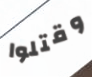
وقتلوا